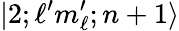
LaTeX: |2;\ell^{\prime}m_{\ell}^{\prime};n+1\rangle